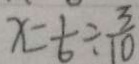
x = \frac { 1 } { 6 } \div \frac { 3 } { 1 0 }